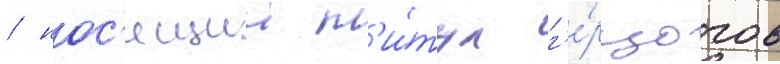
/ нос'ящии т'и́тул г'е́рцогов